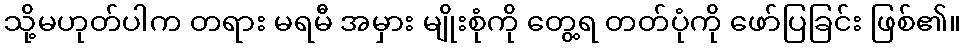
သို့မဟုတ်ပါက တရား မရမီ အမှား မျိုးစုံကို တွေ့ရ တတ်ပုံကို ဖော်ပြခြင်း ဖြစ်၏။